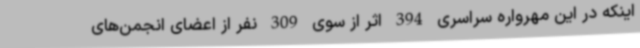
اینکه در این مهرواره سراسری 394 اثر از سوی 309 نفر از اعضای انجمن‌های